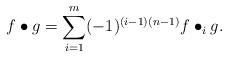
LaTeX: \begin{align*}f \bullet g = \sum_{i=1}^m (-1)^{(i-1)(n-1)}f \bullet_i g.\end{align*}